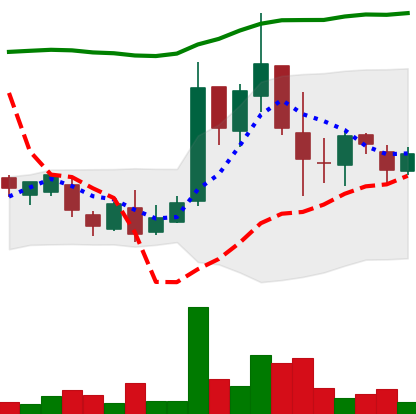
Ticker: LTC-USD
Chart end date: 2017-03-23
Forward return: 4.413%
Label: up_3_5